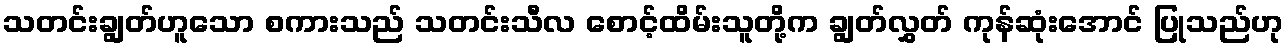
သတင်းချွတ်ဟူသော စကားသည် သတင်းသီလ စောင့်ထိမ်းသူတို့က ချွတ်လွှတ် ကုန်ဆုံးအောင် ပြုသည်ဟု